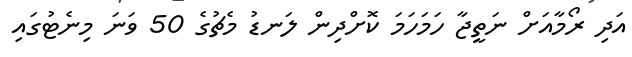
އަދި ރޯމާއަށް ނަތީޖާ ހަމަހަމަ ކޮށްދިން ލަނޑު މެޗުގެ 50 ވަނަ މިނެޓުގައި